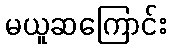
မယူဆကြောင်း